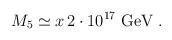
LaTeX: \begin{align*}M_5\simeq x\, 2\cdot 10^{17}\mbox{ GeV}\; .\end{align*}